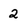
Character: 2